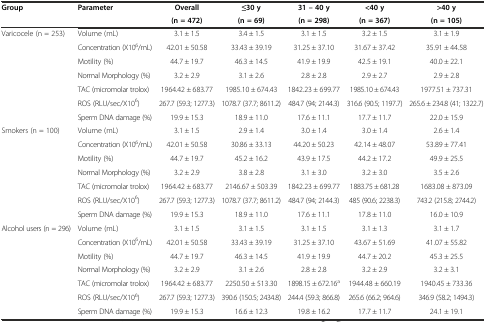
<table><thead><tr><td><b>Group</b></td><td><b>Parameter</b></td><td><b>Overall</b></td><td><b>≤30 y</b></td><td><b>31 – 40 y</b></td><td><b>&lt;40 y</b></td><td><b>&gt;40 y</b></td></tr><tr><td></td><td></td><td><b>(n = 472)</b></td><td><b>(n = 69)</b></td><td><b>(n = 298)</b></td><td><b>(n = 367)</b></td><td><b>(n = 105)</b></td></tr></thead><tbody><tr><td rowspan="7">Varicocele (n = 253)</td><td>Volume (mL)</td><td>3.1 ± 1.5</td><td>3.4 ± 1.5</td><td>3.1 ± 1.5</td><td>3.2 ± 1.5</td><td>3.1 ± 1.9</td></tr><tr><td>Concentration (X10<sup>6</sup>/mL)</td><td>42.01 ± 50.58</td><td>33.43 ± 39.19</td><td>31.25 ± 37.10</td><td>31.67 ± 37.42</td><td>35.91 ± 44.58</td></tr><tr><td>Motility (%)</td><td>44.7 ± 19.7</td><td>46.3 ± 14.5</td><td>41.9 ± 19.9</td><td>42.5 ± 19.1</td><td>40.0 ± 22.1</td></tr><tr><td>Normal Morphology (%)</td><td>3.2 ± 2.9</td><td>3.1 ± 2.6</td><td>2.8 ± 2.8</td><td>2.9 ± 2.7</td><td>2.9 ± 2.8</td></tr><tr><td>TAC (micromolar trolox)</td><td>1964.42 ± 683.77</td><td>1985.10 ± 674.43</td><td>1842.23 ± 699.77</td><td>1985.10 ± 674.43</td><td>1977.51 ± 737.31</td></tr><tr><td>ROS (RLU/sec/X10<sup>6</sup>)</td><td>267.7 (59.3; 1277.3)</td><td>1078.7 (37.7; 8611.2)</td><td>484.7 (94; 2144.3)</td><td>316.6 (90.5; 1197.7)</td><td>265.6 ± 234.8 (41; 1322.7)</td></tr><tr><td>Sperm DNA damage (%)</td><td>19.9 ± 15.3</td><td>18.9 ± 11.0</td><td>17.6 ± 11.1</td><td>17.7 ± 11.7</td><td>22.0 ± 15.9</td></tr><tr><td rowspan="7">Smokers (n = 100)</td><td>Volume (mL)</td><td>3.1 ± 1.5</td><td>2.9 ± 1.4</td><td>3.0 ± 1.4</td><td>3.0 ± 1.4</td><td>2.6 ± 1.4</td></tr><tr><td>Concentration (X10<sup>6</sup>/mL)</td><td>42.01 ± 50.58</td><td>30.86 ± 33.13</td><td>44.20 ± 50.23</td><td>42.14 ± 48.07</td><td>53.89 ± 77.41</td></tr><tr><td>Motility (%)</td><td>44.7 ± 19.7</td><td>45.2 ± 16.2</td><td>43.9 ± 17.5</td><td>44.2 ± 17.2</td><td>49.9 ± 25.5</td></tr><tr><td>Normal Morphology (%)</td><td>3.2 ± 2.9</td><td>3.8 ± 2.8</td><td>3.1 ± 3.0</td><td>3.2 ± 3.0</td><td>3.5 ± 2.6</td></tr><tr><td>TAC (micromolar trolox)</td><td>1964.42 ± 683.77</td><td>2146.67 ± 503.39</td><td>1842.23 ± 699.77</td><td>1883.75 ± 681.28</td><td>1683.08 ± 873.09</td></tr><tr><td>ROS (RLU/sec/X10<sup>6</sup>)</td><td>267.7 (59.3; 1277.3)</td><td>1078.7 (37.7; 8611.2)</td><td>484.7 (94; 2144.3)</td><td>485 (90.6; 2238.3)</td><td>743.2 (215.8; 2744.2)</td></tr><tr><td>Sperm DNA damage (%)</td><td>19.9 ± 15.3</td><td>18.9 ± 11.0</td><td>17.6 ± 11.1</td><td>17.8 ± 11.0</td><td>16.0 ± 10.9</td></tr><tr><td rowspan="6">Alcohol users (n = 296)</td><td>Volume (mL)</td><td>3.1 ± 1.5</td><td>3.1 ± 1.5</td><td>3.1 ± 1.5</td><td>3.1 ± 1.3</td><td>3.1 ± 1.7</td></tr><tr><td>Concentration (X10<sup>6</sup>/mL)</td><td>42.01 ± 50.58</td><td>33.43 ± 39.19</td><td>31.25 ± 37.10</td><td>43.67 ± 51.69</td><td>41.07 ± 55.82</td></tr><tr><td>Motility (%)</td><td>44.7 ± 19.7</td><td>46.3 ± 14.5</td><td>41.9 ± 19.9</td><td>44.7 ± 20.2</td><td>45.3 ± 25.5</td></tr><tr><td>Normal Morphology (%)</td><td>3.2 ± 2.9</td><td>3.1 ± 2.6</td><td>2.8 ± 2.8</td><td>3.2 ± 2.9</td><td>3.2 ± 3.1</td></tr><tr><td>TAC (micromolar trolox)</td><td>1964.42 ± 683.77</td><td>2250.50 ± 513.30</td><td>1898.15 ± 672.16<sup>a</sup></td><td>1944.48 ± 660.19</td><td>1940.45 ± 733.36</td></tr><tr><td>ROS (RLU/sec/X10<sup>6</sup>)</td><td>267.7 (59.3; 1277.3)</td><td>390.6 (150.5; 2434.8)</td><td>244.4 (59.3; 866.8)</td><td>265.6 (66.2; 964.6)</td><td>346.9 (58.2; 1494.3)</td></tr><tr><td></td><td>Sperm DNA damage (%)</td><td>19.9 ± 15.3</td><td>16.6 ± 12.3</td><td>19.8 ± 16.2</td><td>17.7 ± 11.7</td><td>24.1 ± 19.1</td></tr></tbody></table>